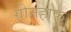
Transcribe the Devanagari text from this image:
ग्रीनहोफ